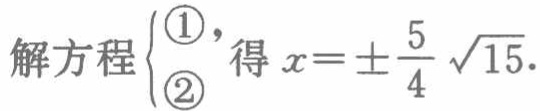
解方程$\begin{cases}\textcircled{1}\\\textcircled{2}\end{cases}$，得$x = \pm\frac{5}{4}\sqrt{15}$.